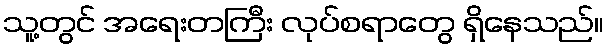
သူ့တွင် အရေးတကြီး လုပ်စရာတွေ ရှိနေသည်။